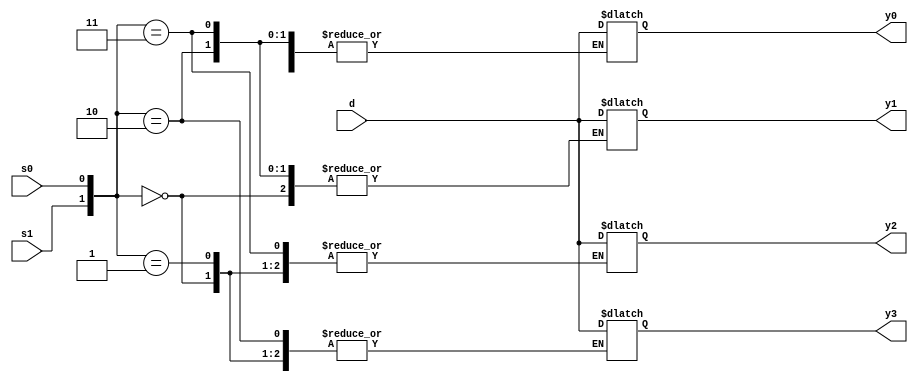
//Faulty code
module demux4x1_beh(d,s1,s0,y0,y1,y2,y3);
  input d,s1,s0;
  output reg y0,y1,y2,y3;
  always@*
  case({s1,s0})  //bad coding
  2'b00: y0=d;
  2'b01: y1=d;
  2'b10: y2=d;
  2'b11: y3=d;
 endcase
endmodule